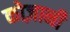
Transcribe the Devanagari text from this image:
कोज़ानी